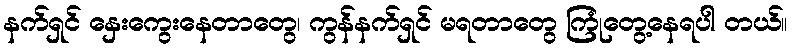
နက်ရှင် နှေးကွေးနေတာတွေ၊ ကွန်နက်ရှင် မရတာတွေ ကြုံတွေ့နေရပါ တယ်။